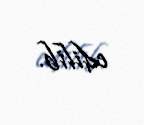
edilib.